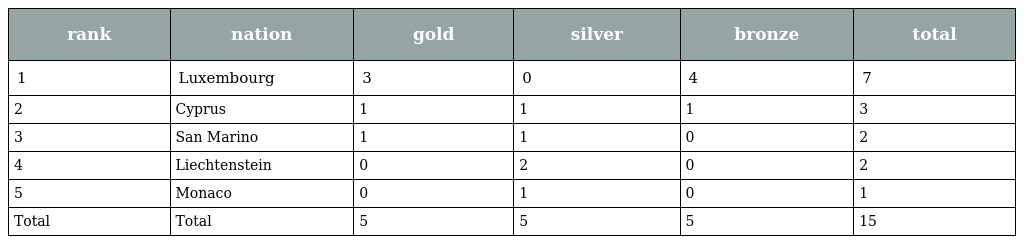
| rank | nation | gold | silver | bronze | total |
 | --- | --- | --- | --- | --- | --- |
 | 1 | Luxembourg | 3 | 0 | 4 | 7 |
 | 2 | Cyprus | 1 | 1 | 1 | 3 |
 | 3 | San Marino | 1 | 1 | 0 | 2 |
 | 4 | Liechtenstein | 0 | 2 | 0 | 2 |
 | 5 | Monaco | 0 | 1 | 0 | 1 |
 | Total | Total | 5 | 5 | 5 | 15 |